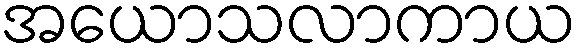
အယောသလာကာယ